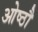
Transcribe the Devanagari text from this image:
ओष्ठौ